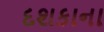
દશકાના